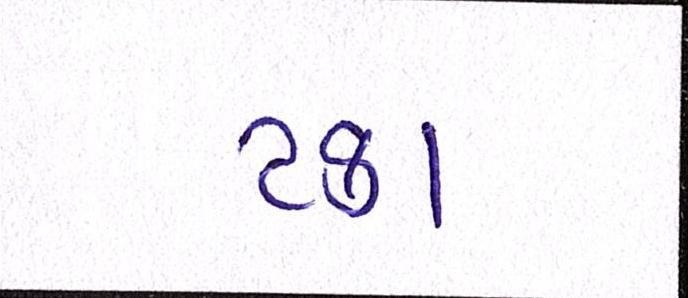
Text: ટકા